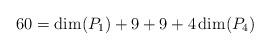
LaTeX: \begin{align*}60 &= \textup{dim}(P_1) + 9 + 9 + 4\,\textup{dim}(P_4)\end{align*}